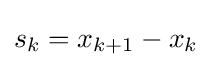
s_{k}=x_{k+1}-x_{k}